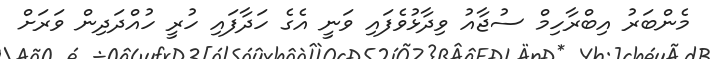
މެންބަރު އިބްރާހިމް ސުޖާއު ވިދާޅުވެފައި ވަނީ އެގެ ހަދާފައި ހުރީ ހުއްދަދިން ވަރަށް